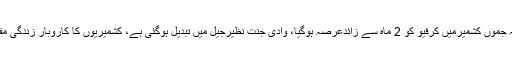
معاون خصوصی برائے اطلاعات نے کہا کہ مقبوضہ جموں کشمیرمیں کرفیو کو 2 ماہ سے زائدعرصہ ہوگیا، وادی جنت نظیرجیل میں تبدیل ہوگئی ہے، کشمیریوں کا کاروبار زندگی مفلوج ہے، بھارتی افواج انسانیت کی تذلیل کر رہی ہیں۔